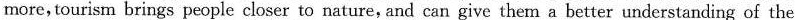
more, tourism brings people closer to nature, and can give them a better understanding of the